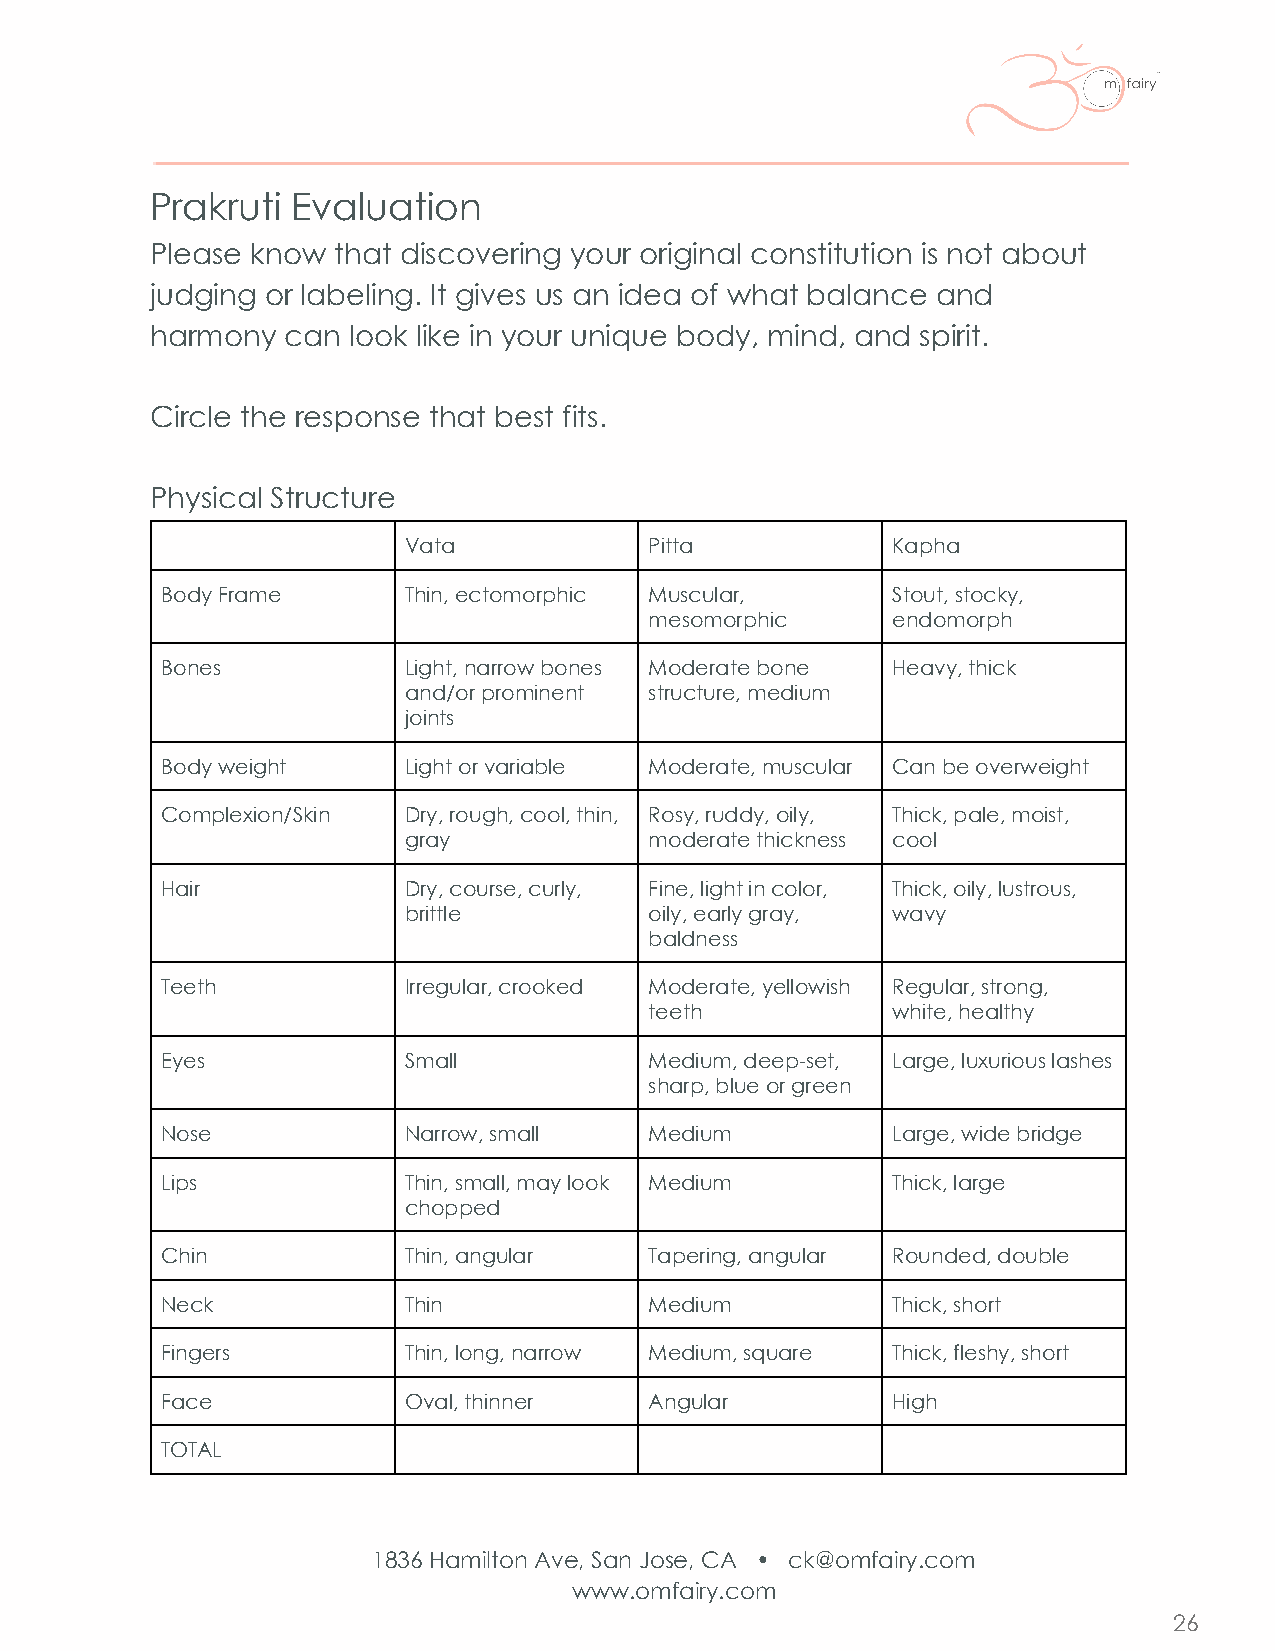
Prakruti Evaluation
 Please know that discovering your original constitution is not about
 judging or labeling. It gives us an idea of what balance and
 harmony  can look like in your unique body, mind, and spirit.
 Circle the response that best fits.
 Physical Structure
 Vata            Pitta           Kapha
 Body Frame      Thin, ectomorphic Muscular,     Stout, stocky,
 mesomorphic     endomorph
 Bones           Light, narrow bones Moderate bone Heavy, thick
 and/or prominent structure, medium
 joints
 Body weight     Light or variable Moderate, muscular Can be overweight
 Complexion/Skin Dry, rough, cool, thin, Rosy, ruddy, oily, Thick, pale, moist,
 gray            moderate thickness cool
 Hair            Dry, course, curly, Fine, light in color, Thick, oily, lustrous,
 brittle         oily, early gray, wavy
 baldness
 Teeth           Irregular, crooked Moderate, yellowish Regular, strong,
 teeth           white, healthy
 Eyes            Small           Medium, deep-set, Large, luxurious lashes
 sharp, blue or green
 Nose            Narrow, small   Medium          Large, wide bridge
 Lips            Thin, small, may look Medium    Thick, large
 chopped
 Chin            Thin, angular   Tapering, angular Rounded, double
 Neck            Thin            Medium          Thick, short
 Fingers         Thin, long, narrow Medium, square Thick, fleshy, short
 Face            Oval, thinner   Angular         High
 TOTAL
 1836 Hamilton Ave, San Jose, CA • ck@omfairy.com
 www.omfairy.com
 26